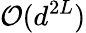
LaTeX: \mathcal{O}(d^{2L})